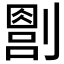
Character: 𪟔